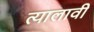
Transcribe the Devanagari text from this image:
त्यालावी